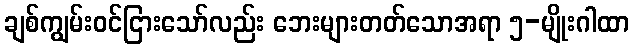
ချစ်ကျွမ်းဝင်ငြားသော်လည်း ဘေးများတတ်သောအရာ ၅-မျိုးဂါထာ